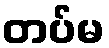
တပ်မ